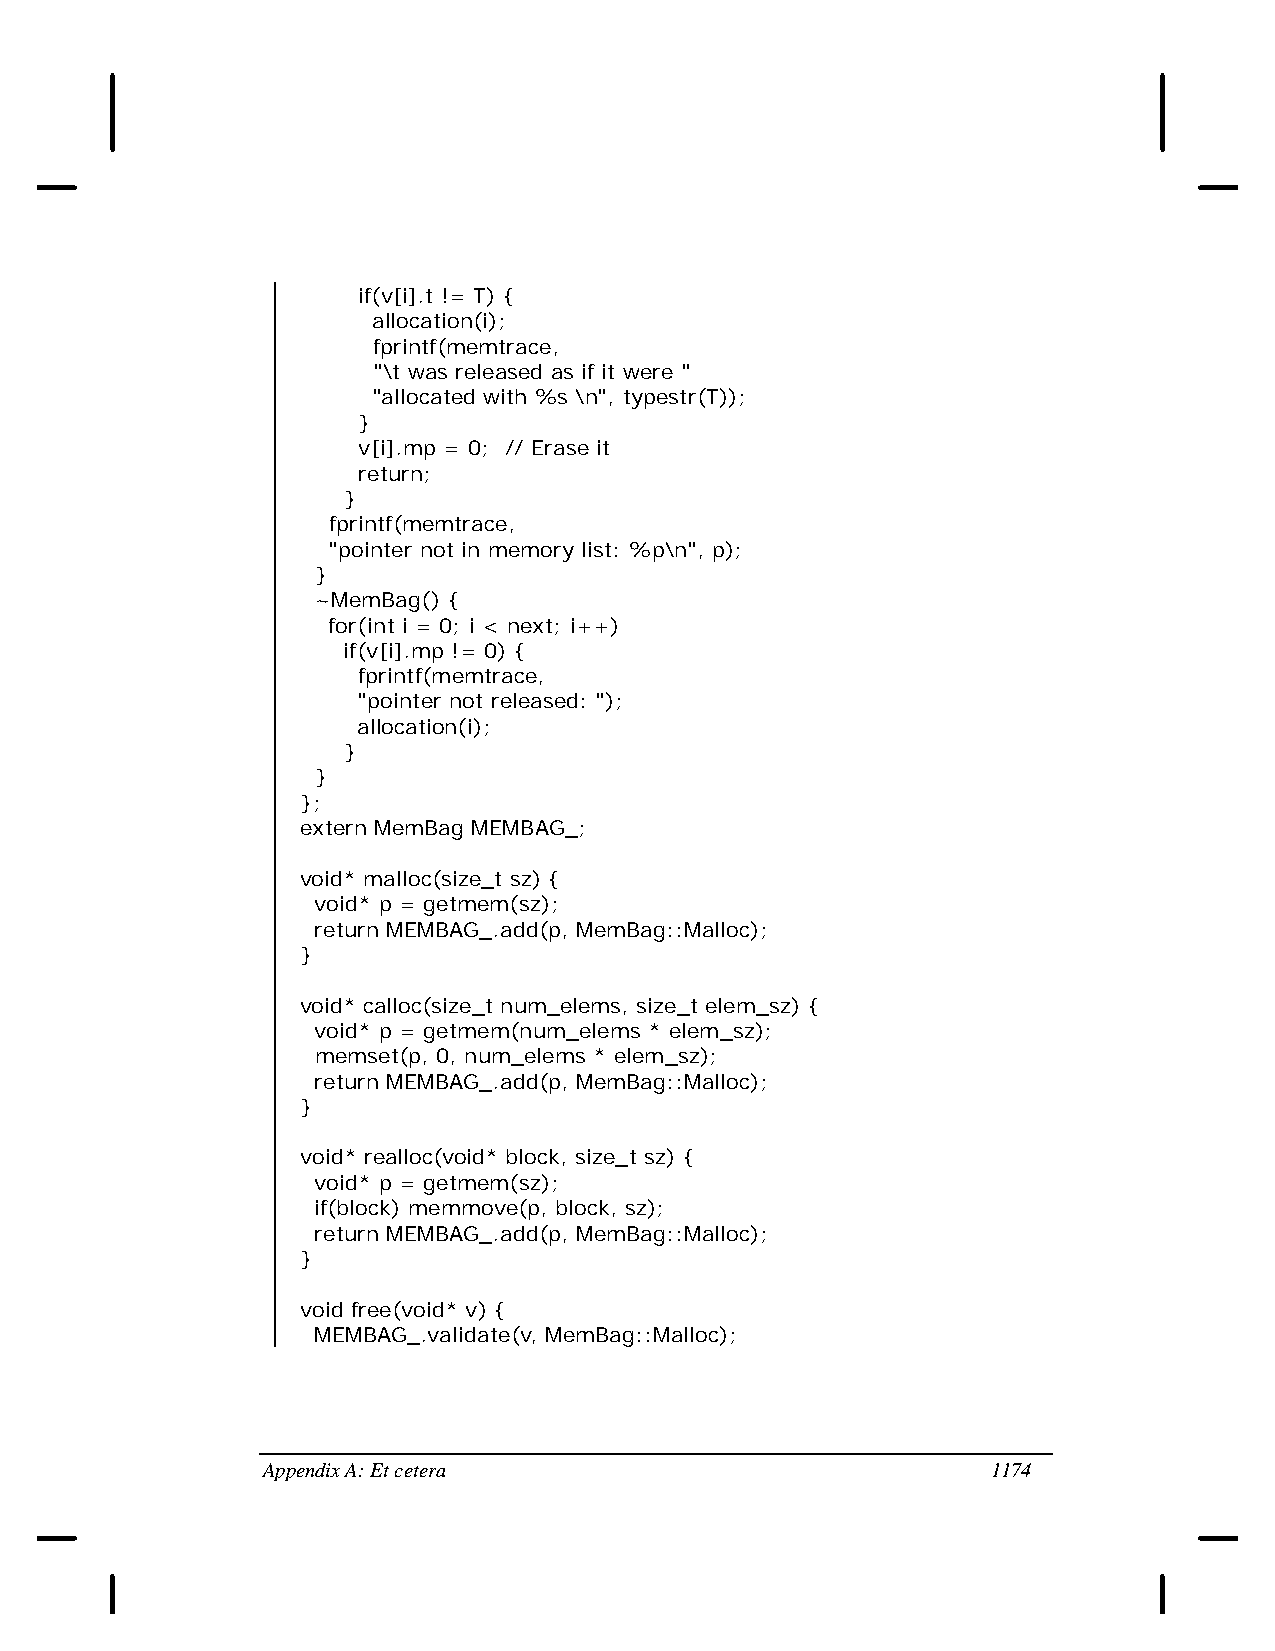
if(v[i].t != T) {
 allocation(i);
 fprintf(memtrace,
 "\t was released as if it were "
 "allocated with %s \n", typestr(T));
 }
 v[i].mp = 0; // Erase it
 return;
 }
 fprintf(memtrace,
 "pointer not in memory list: %p\n", p);
 }
 ~MemBag() {
 for(int i = 0; i < next; i++)
 if(v[i].mp != 0) {
 fprintf(memtrace,
 "pointer not released: ");
 allocation(i);
 }
 }
 };
 extern MemBag MEMBAG_;
 void* malloc(size_t sz) {
 void* p = getmem(sz);
 return MEMBAG_.add(p, MemBag::Malloc);
 }
 void* calloc(size_t num_elems, size_t elem_sz) {
 void* p = getmem(num_elems * elem_sz);
 memset(p, 0, num_elems * elem_sz);
 return MEMBAG_.add(p, MemBag::Malloc);
 }
 void* realloc(void* block, size_t sz) {
 void* p = getmem(sz);
 if(block) memmove(p, block, sz);
 return MEMBAG_.add(p, MemBag::Malloc);
 }
 void free(void* v) {
 MEMBAG_.validate(v, MemBag::Malloc);
 Appendix A: Et cetera                            1174